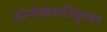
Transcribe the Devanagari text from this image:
स्तेर्नोक्लाविकुलर